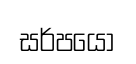
සර්පයො